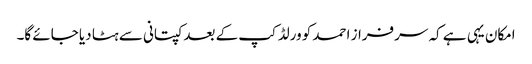
امکان یہی ہے کہ سرفراز احمد کو ورلڈکپ کے بعد کپتانی سے ہٹا دیا جائے گا۔